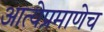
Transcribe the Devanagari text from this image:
आत्येप्रमाणेच